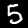
Label: 5